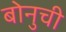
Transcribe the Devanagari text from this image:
बोनुची